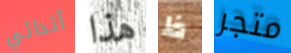
أثدائي هذا ظ متجر